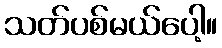
သတ်ပစ်မယ်ပေါ့။